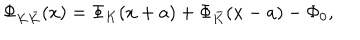
\Phi _ { K \bar { K } } ( x ) = \Phi _ { K } ( x + a ) + \Phi _ { \bar { K } } ( x - a ) - \Phi _ { 0 } ,